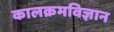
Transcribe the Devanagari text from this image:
कालक्रमविज्ञान